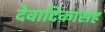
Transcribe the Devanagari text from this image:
देवादिकांसह